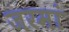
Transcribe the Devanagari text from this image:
जरमां